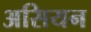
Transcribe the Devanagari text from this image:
असियन